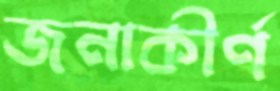
জনাকীর্ণ